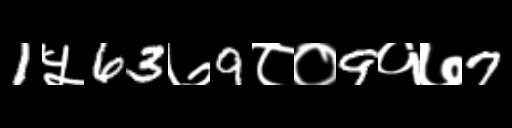
Text: 1५63७9८०9१७7